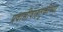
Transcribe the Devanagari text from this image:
प्रवासीवाहतुकीच्या